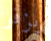
يزفر